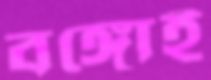
বঙ্গোই